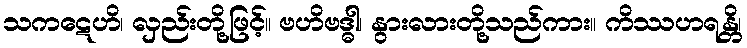
သကဋေဟိ၊ လှည်းတို့ဖြင့်။ ဗဟိဗဒ္ဓါ၊ နွားလားတို့သည်ကား။ ကိဿဟရန္တိ၊